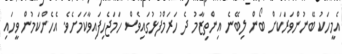
އެމީހަކު ބޭނުންވަރަކަށް ބޯން ލިބޭނެ އިންތިޒާމު ދެ ހަރަމްފުޅުގައިވެސް ހަމަޖެހިފައިވާކަމަށެވެ. އެހެންކަމުން ވީހައި